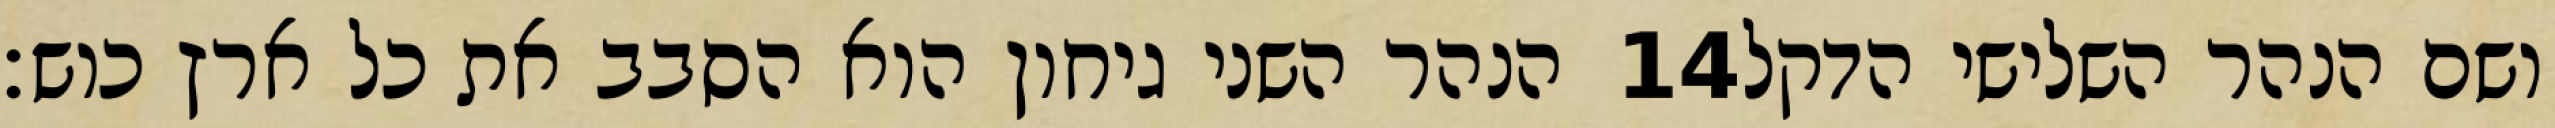
הנהר השני גיחון הוא הסבב את כל ארץ כוש׃ ‎14‏ ושם הנהר השלישי הדקל